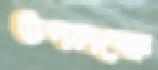
উপলক্ষে